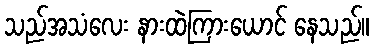
သည်အသံလေး နားထဲကြားယောင် နေသည်။